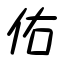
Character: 佑